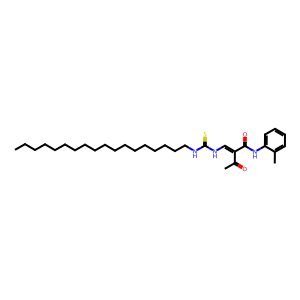
SMILES: CCCCCCCCCCCCCCCCCCNC(=S)NC=C(C(C)=O)C(=O)Nc1ccccc1C
Inhibits HIV replication: No